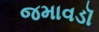
જમાવડૉ